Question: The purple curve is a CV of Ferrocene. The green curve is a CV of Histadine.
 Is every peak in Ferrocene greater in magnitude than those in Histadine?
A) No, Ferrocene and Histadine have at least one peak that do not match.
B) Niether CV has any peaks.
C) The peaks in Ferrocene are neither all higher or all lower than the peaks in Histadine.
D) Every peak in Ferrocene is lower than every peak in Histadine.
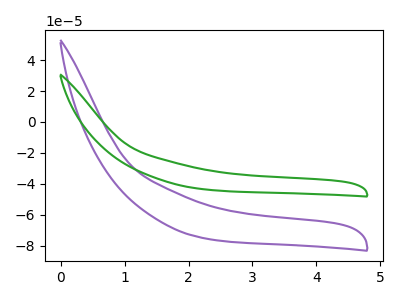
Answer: <think>The purple curve "Ferrocene" has no peaks. The green curve "Histadine" has no peaks.</think>
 <answer>B) Niether CV has any peaks.</answer>
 <eval>B</eval>